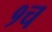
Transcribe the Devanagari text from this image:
१च